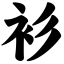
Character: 衫